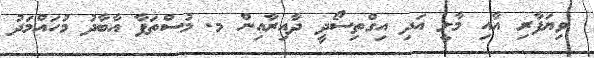
ވިޔަފާރި އާއި މާލީ އަދި އިގްތިސޯދީ ދާއިރާއިން މ. މުސްތަފާ އާބާދު މުހައްމަދު